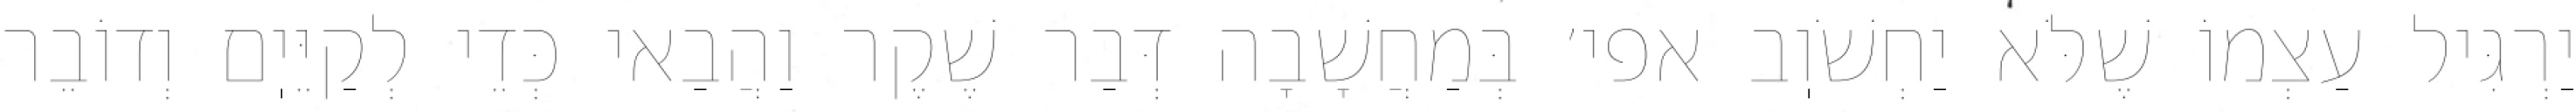
יַרְגִּיל עַצְמוֹ שֶׁלֹּא יַחְשֹׁוֽב אפי׳ בְּמַחֲשָׁבָה דְּבַר שֶׁקֶר וַהֲבַאי כְּדֵי לְקַיֵּיֽם וְדוֹבֵר